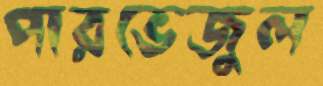
পারভেজুল